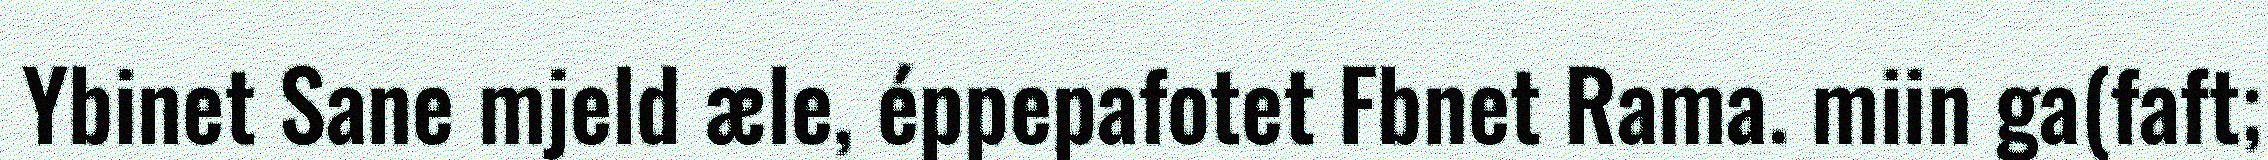
Ybinet Sane mjeld æle, éppepafotet Fbnet Rama. miin ga(faft;